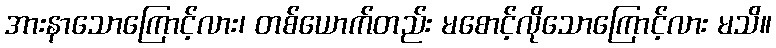
အားနာသောကြောင့်လား၊ တစ်ယောက်တည်း မစောင့်လိုသောကြောင့်လား မသိ။